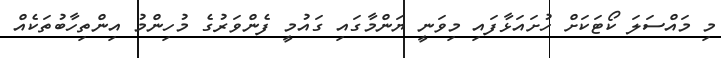
މި މައްސަލަ ކޯޓަކަށް ހުށައަޅާފައި މިވަނީ ޔަންމާގައި ގައުމީ ފެންވަރުގެ މުހިންމު އިންތިހާބުތަކެއް